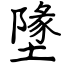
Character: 墬